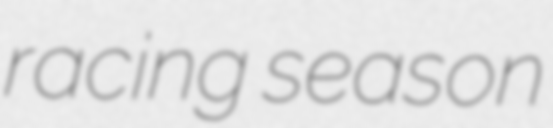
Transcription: racing season